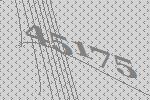
45175